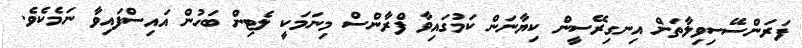
ފަރަންސޭސިވިލާތަށް އިނގިރޭސީން ކިޔާނަން ކަމުގައިވާ ފްރާންސް މިނަމަކީ ލެޓިން ބަހުން އައިސްފައިވާ ނަމެކެވެ.